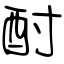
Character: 酎